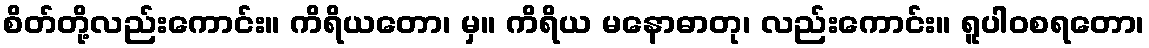
စိတ်တို့လည်းကောင်း။ ကိရိယတော၊ မှ။ ကိရိယ မနောဓာတု၊ လည်းကောင်း။ ရူပါဝစရတော၊